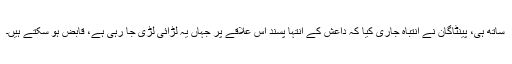
ساتھ ہی، پینٹاگان نے انتباہ جاری کیا کہ داعش کے انتہا پسند اُس علاقے پر جہاں یہ لڑائی لڑی جا رہی ہے، قابض ہو سکتے ہیں۔